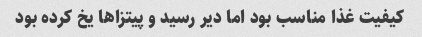
کیفیت غذا مناسب بود اما دیر رسید و پیتزا‌ها یخ کرده بود